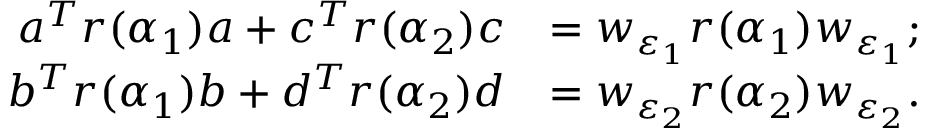
\begin{array} { r l } { a ^ { T } r ( \alpha _ { 1 } ) a + c ^ { T } r ( \alpha _ { 2 } ) c } & { = w _ { \varepsilon _ { 1 } } r ( \alpha _ { 1 } ) w _ { \varepsilon _ { 1 } } ; } \\ { b ^ { T } r ( \alpha _ { 1 } ) b + d ^ { T } r ( \alpha _ { 2 } ) d } & { = w _ { \varepsilon _ { 2 } } r ( \alpha _ { 2 } ) w _ { \varepsilon _ { 2 } } . } \end{array}